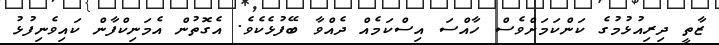
ޒާތީ ދިރިއުޅުމުގެ ކަންކަމަށްވެސް ހާއްސަ އިސްކަމެއް ދެއްވާ ބޭފުޅެކެވެ. އެގޮތުން އެމަނިކްފާން ކައިވެނިފުޅު